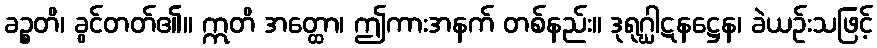
ခဉ္စတိ၊ ခွင်တတ်၏။ ဣတိ အတ္ထော၊ ဤကားအနက် တစ်နည်း။ ဒုရုဂ္ဃါဋနဋ္ဌေန၊ ခဲယဉ်းသဖြင့်